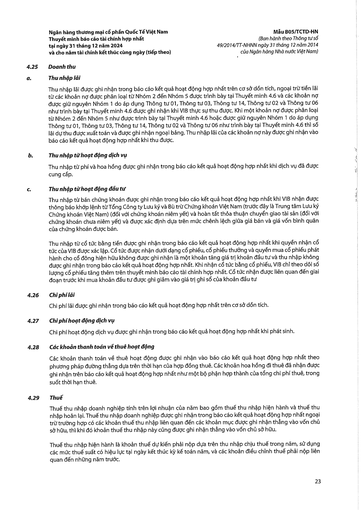
|4.25|| |---|---| |a.|Thu nhập lãi| ||Thu nhập lãi được ghi nhận trong báo cáo kết quả hoạt động hợp nhất trên cơ sở dồn tích, ngoại trừ tiền lãi từ các khoản nợ được phân loại từ Nhóm 2 đến Nhóm 5 được trình bày tại Thuyết minh 4.6 và các khoản nợ được giữ nguyên Nhóm 1 do áp dụng Thông tư 01, Thông tư 03, Thông tư 14, Thông tư 02 và Thông tư 06 như trình bày tại Thuyết minh 4.6 được ghi nhận khi VIB thực sự thu được. Khi một khoản nợ được phân loại từ Nhóm 2 đến Nhóm 5 như được trình bày tại Thuyết minh 4.6 hoặc được giữ nguyên Nhóm 1 do áp dụng Thông tư 01, Thông tư 03, Thông tư 14, Thông tư 02 và Thông tư 06 như trình bày tại Thuyết minh 4.6 thì số lãi dự thu được xuất toán và được ghi nhận ngoài bảng. Thu nhập lãi của các khoản nợ này được ghi nhận vào báo cáo kết quả hoạt động hợp nhất khi thu được.| |b.|Thu nhập từ hoạt động dịch vụ Thu nhập từ phí và hoa hồng được ghi nhận trong báo cáo kết quả hoạt động hợp nhất khi dịch vụ đã được cung cấp.| |C.|Thu nhập từ hoạt động đầu tư| ||Thu nhập từ bán chứng khoán được ghi nhận trong báo cáo kết quả hoạt động hợp nhất khi VIB nhận được thông báo khớp lệnh từ Tổng Công ty Lưu ký và Bù trừ Chứng khoán Việt Nam (trước đây là Trung tâm Lưu ký Chứng khoán Việt Nam) (đối với chứng khoán niêm yết) và hoàn tất thỏa thuận chuyển giao tài sản (đối với chứng khoán chưa niêm yết) và được xác định dựa trên mức chênh lệch giữa giá bán và giá vốn bình quân của chứng khoán được bán.| ||Thu nhập từ cổ tức bằng tiền được ghi nhận trong báo cáo kết quả hoạt động hợp nhất khi quyền nhận cổ tức của VIB được xác lập. Cổ tức được nhận dưới dạng cổ phiếu, cổ phiếu thưởng và quyền mua cổ phiếu phát hành cho cổ đông hiện hữu không được ghi nhận là một khoản tăng giá trị khoản đầu tư và thu nhập không được ghi nhận trong báo cáo kết quả hoạt động hợp nhất. Khi nhận cổ tức bằng cổ phiếu, VIB chỉ theo dõi số lượng cổ phiếu tăng thêm trên thuyết minh báo cáo tài chính hợp nhất. Cổ tức nhận được liên quan đến giai đoạn trước khi mua khoản đầu tư được ghi giảm vào giá trị ghi sổ của khoản đầu tư| |4.26|Chi phí lãi Chi phí lãi được ghi nhận trong báo cáo kết quả hoạt động hợp nhất trên cơ sở dồn tích.| |4.27|Chi phí hoạt động dịch vụ Chi phí hoạt động dịch vụ được ghi nhận trong báo cáo kết quả hoạt động hợp nhất khi phát sinh.| |4.28|Các khoản thanh toán về thuê hoạt động Các khoản thanh toán về thuê hoạt động được ghi nhận vào báo cáo kết quả hoạt động hợp nhất theo phương pháp đường thẳng dựa trên thời hạn của hợp đồng thuê. Các khoản hoa hồng đi thuê đã nhận được ghi nhận trên báo cáo kết quả hoạt động hợp nhất như một bộ phận hợp thành của tổng chi phí thuê, trong suốt thời hạn thuê.| |4.29|Thuế Thuế thu nhập doanh nghiệp tính trên lợi nhuận của năm bao gồm thuế thu nhập hiện hành và thuế thu nhập hoãn lại. Thuế thu nhập doanh nghiệp được ghi nhận trong báo cáo kết quả hoạt động hợp nhất ngoại trừ trường hợp có các khoản thuế thu nhập liên quan đến các khoản mục được ghi nhận thẳng vào vốn chủ sở hữu, thì khi đó khoản thuế thu nhập này cũng được ghi nhận thẳng vào vốn chủ sở hữu. Thuế thu nhập hiện hành là khoản thuế dự kiến phải nộp dựa trên thu nhập chịu thuế trong năm, sử dụng các mức thuế suất có hiệu lực tại ngày kết thúc kỳ kế toán năm, và các khoản điều chỉnh thuế phải nộp liên quan đến những năm trước.|